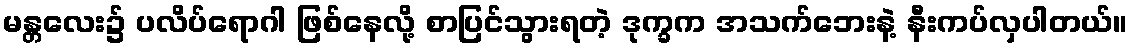
မန္တလေး၌ ပလိပ်ရောဂါ ဖြစ်နေလို့ စာပြင်သွားရတဲ့ ဒုက္ခက အသက်ဘေးနဲ့ နီးကပ်လှပါတယ်။